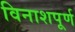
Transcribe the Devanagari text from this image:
विनाशपूर्ण